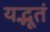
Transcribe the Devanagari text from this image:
यद्भूतं